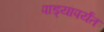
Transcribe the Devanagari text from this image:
पाड्यापर्यंत